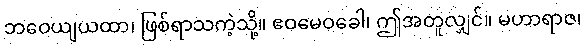
ဘဝေယျယထာ၊ ဖြစ်ရာသကဲ့သို့။ ဧဝမေဝခေါ၊ ဤအတူလျှင်။ မဟာရာဇ၊